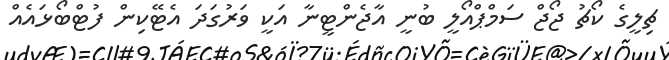
ޗިލީގެ ކޯޗު ޖޯޖް ސަމްޕްއޯލީ ބުނީ އާޖެންޓީނާ އަކީ ވަރުގަދަ އެޓޭކިން ފުޓްބޯޅައެއް